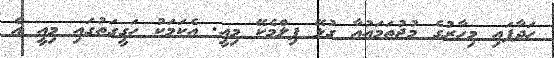
ހަދާފައި މިހާރުގެ މުޖުތަމައުއާ ގުޅޭ ފިލްމެކޭ މިއީ. އެކަމަކު ހަގީގަތުގައި މިއީ އެ